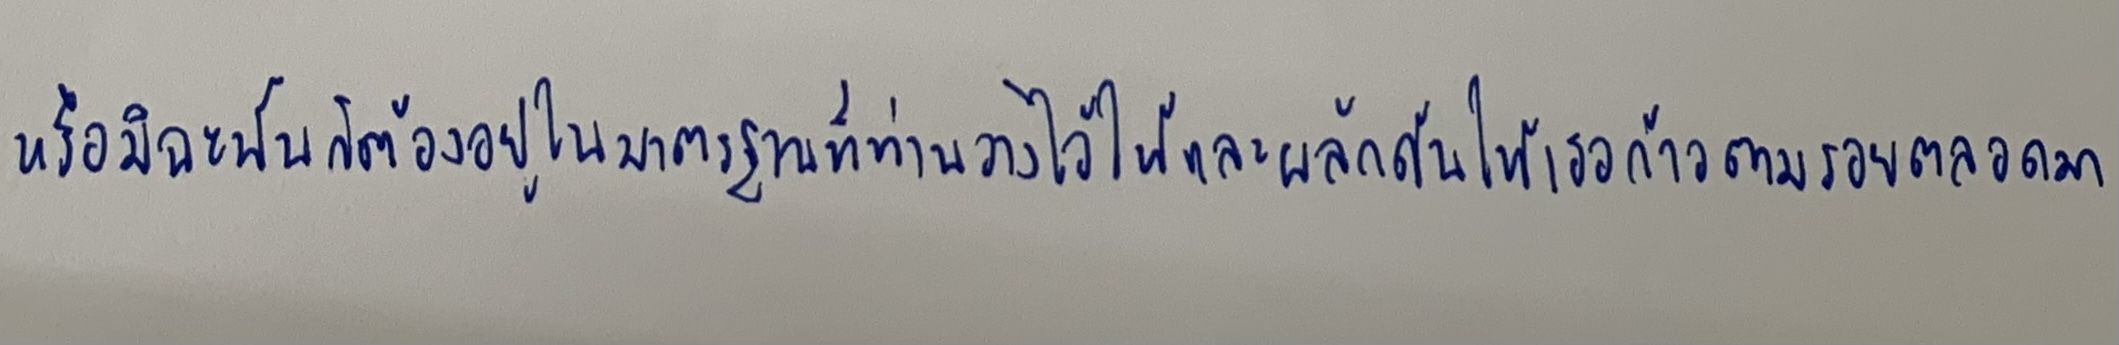
หรือมิฉะนั้นก็ต้องอยู่ในมาตรฐานที่ท่านวางไว้ให้และผลักดันให้เธอก้าวตามรอยตลอดมา